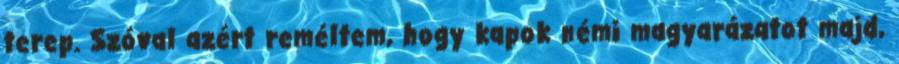
terep. Szóval azért reméltem, hogy kapok némi magyarázatot majd,